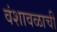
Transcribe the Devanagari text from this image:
वंशावळाची